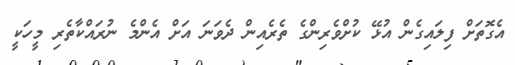
އެގޮތަށް ފިލައިގެން އުޅޭ ކުށްވެރިންގެ ތެރެއިން ދެވަނަ އަށް އެންމެ ނުރައްކާތެރި މީހަކީ